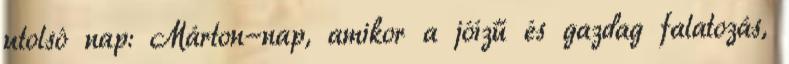
utolsó nap: Márton-nap, amikor a jóízű és gazdag falatozás,